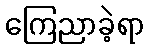
ကြေညာခဲ့ရာ